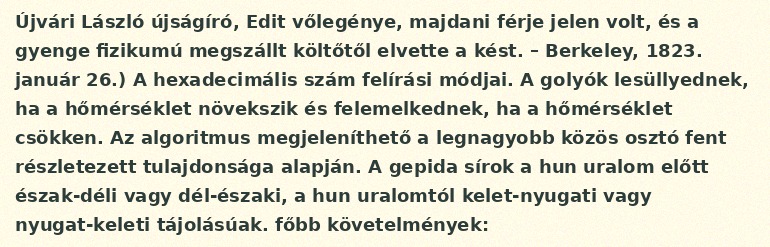
Újvári László újságíró, Edit vőlegénye, majdani férje jelen volt, és a gyenge fizikumú megszállt költőtől elvette a kést. – Berkeley, 1823. január 26.) A hexadecimális szám felírási módjai. A golyók lesüllyednek, ha a hőmérséklet növekszik és felemelkednek, ha a hőmérséklet csökken. Az algoritmus megjeleníthető a legnagyobb közös osztó fent részletezett tulajdonsága alapján. A gepida sírok a hun uralom előtt észak-déli vagy dél-északi, a hun uralomtól kelet-nyugati vagy nyugat-keleti tájolásúak. főbb követelmények: